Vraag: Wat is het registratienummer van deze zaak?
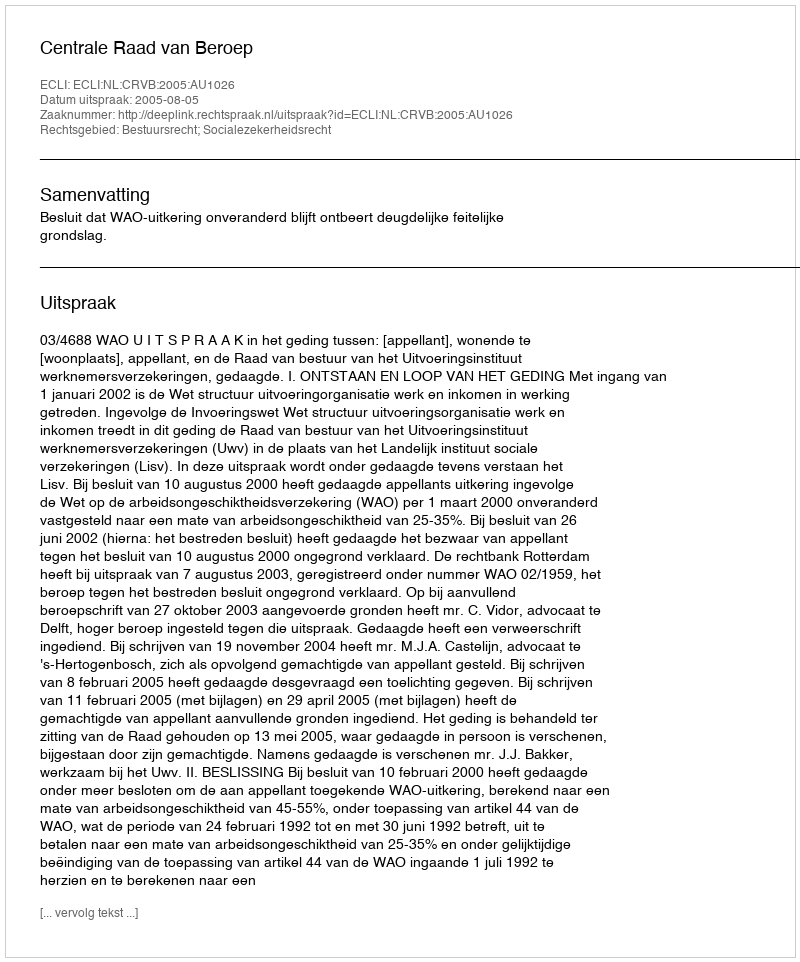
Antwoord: http://deeplink.rechtspraak.nl/uitspraak?id=ECLI:NL:CRVB:2005:AU1026